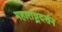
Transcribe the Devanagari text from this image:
महाराष्ट्रदर्शन